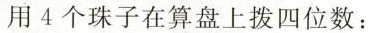
用4个珠子在算盘上拨四位数：